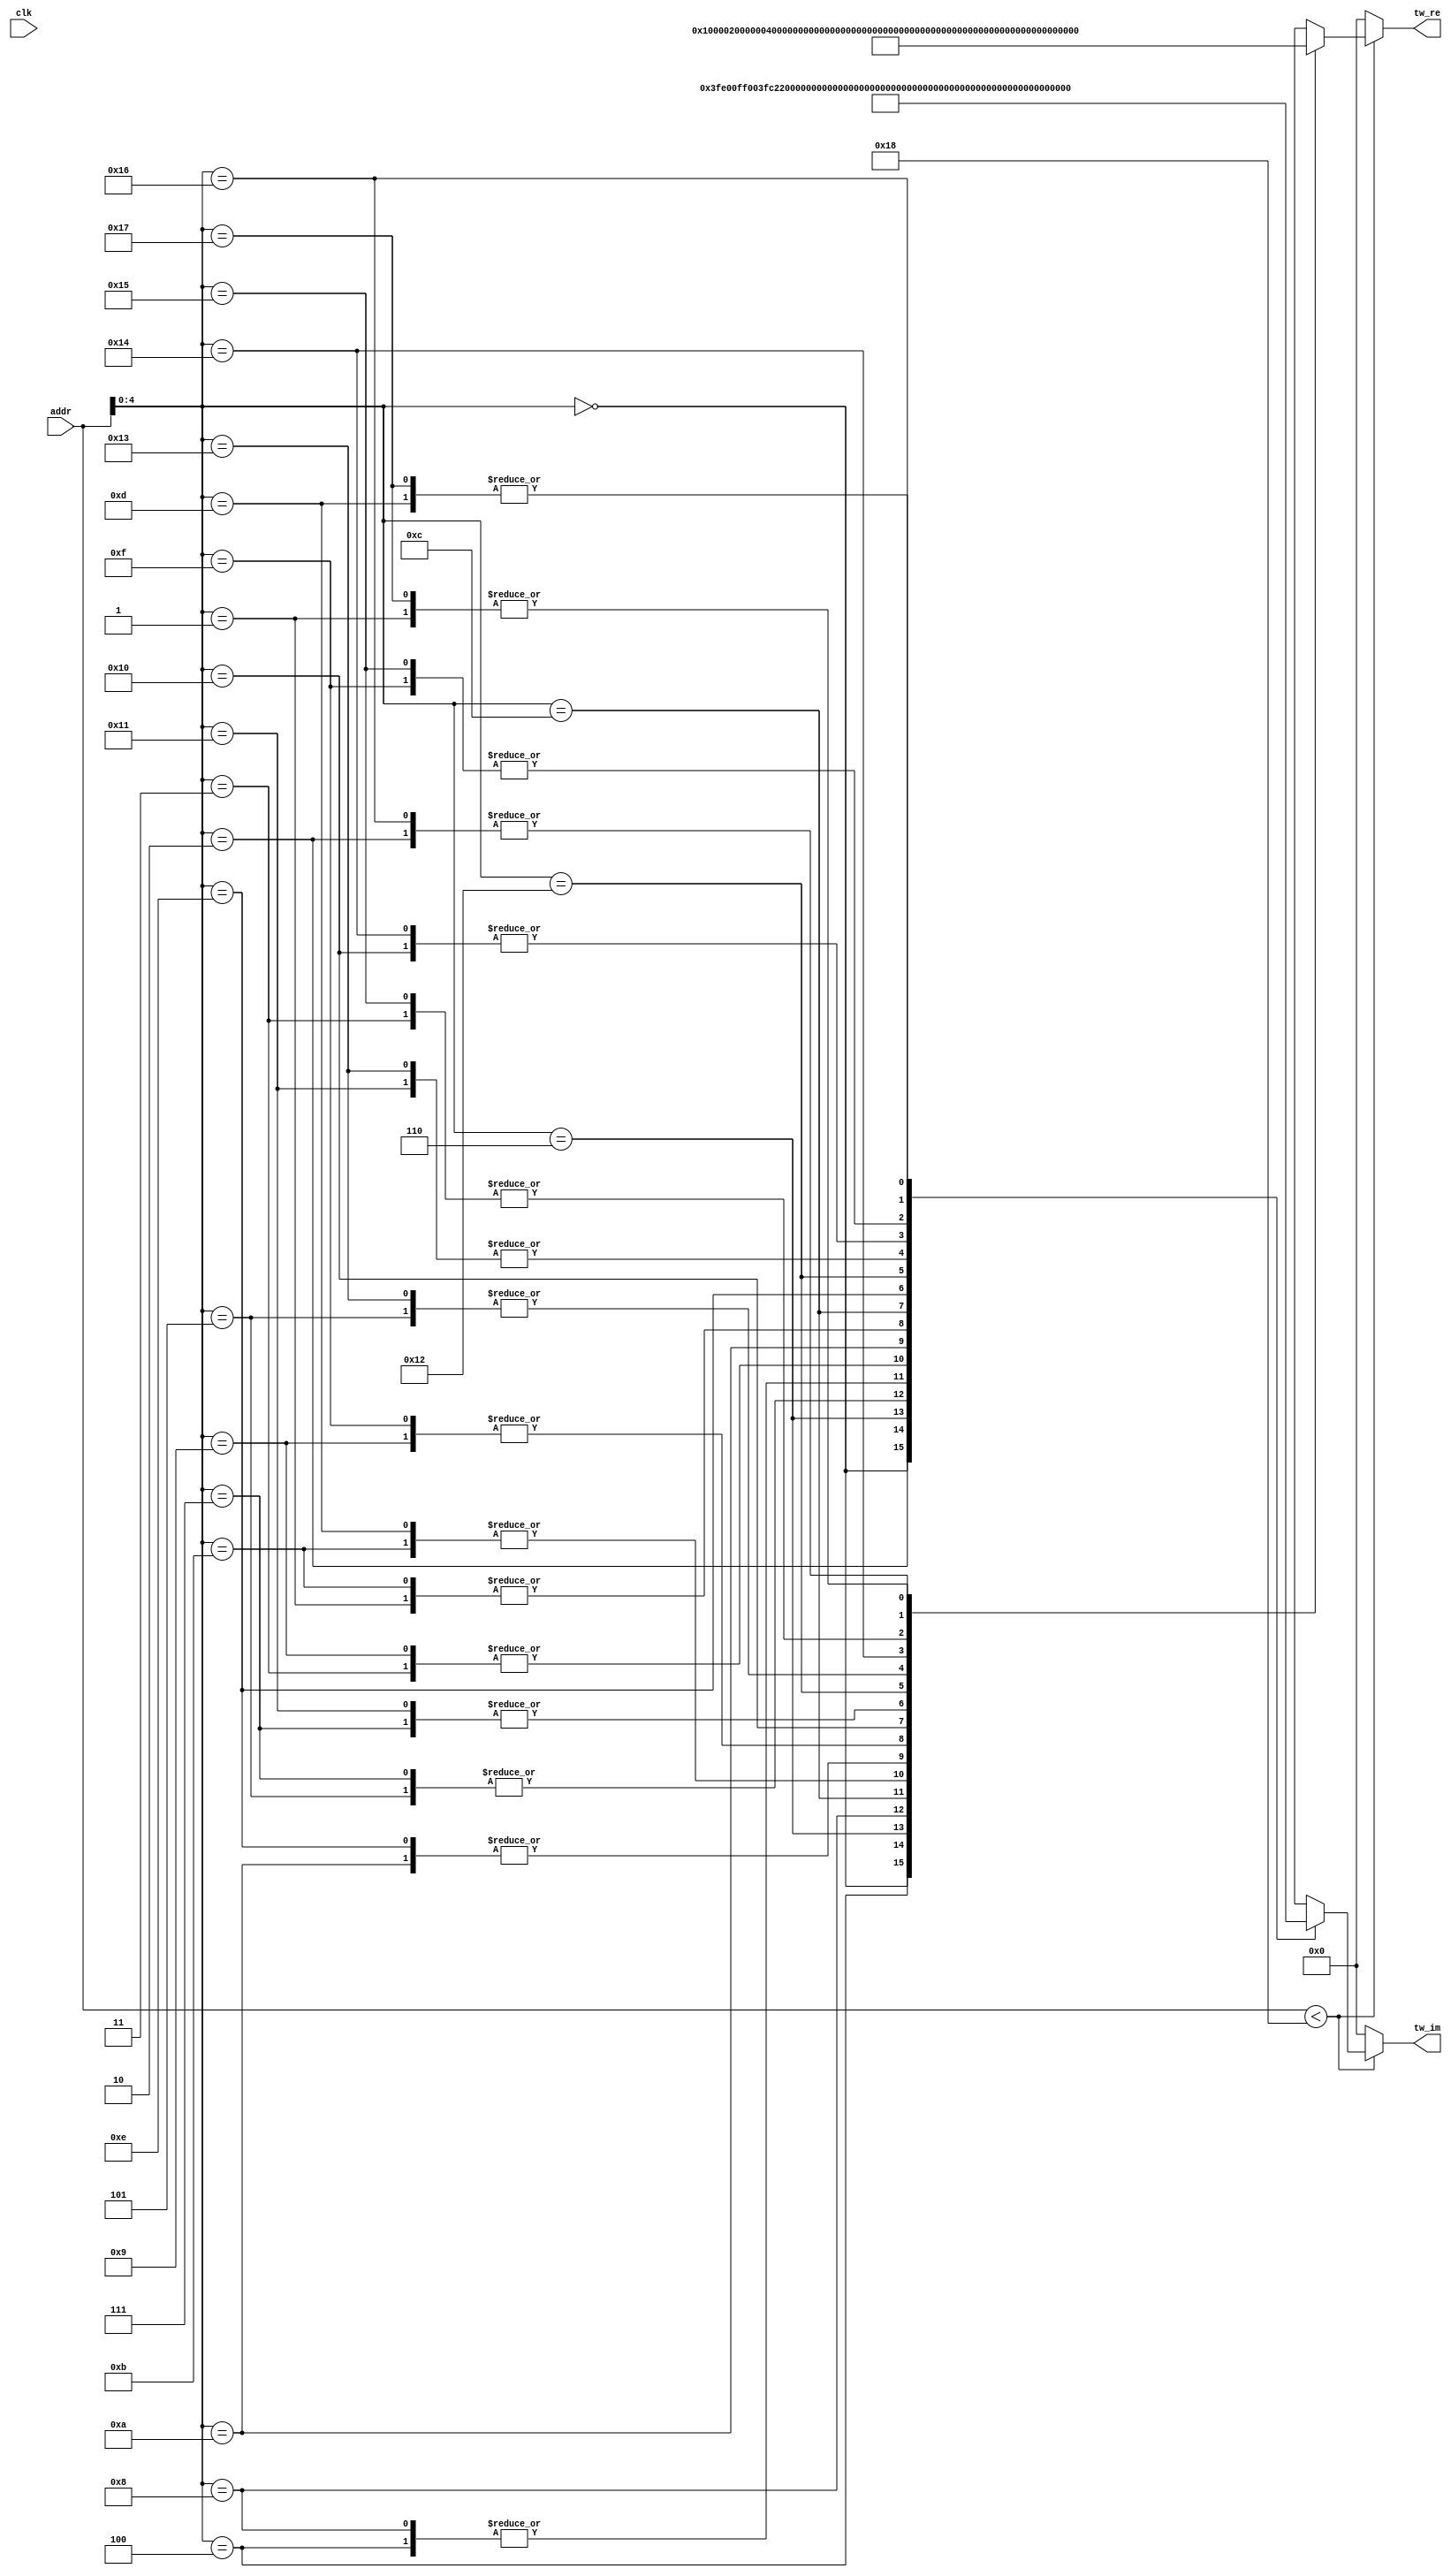
module Twiddle24 #(
    parameter   TW_FF = 0   //  Use Output Register
)(
    input           clk,  //  Master Clock
    input   [10:0]   addr,   //  Twiddle Factor Number
    output  [17:0]  tw_re,  //  Twiddle Factor (Real)
    output  [17:0]  tw_im   //  Twiddle Factor (Imag)
);

wire[17:0]  wn_re[0:23];   //  Twiddle Table (Real)
wire[17:0]  wn_im[0:23];   //  Twiddle Table (Imag)
wire[17:0]  mx_re;          //  Multiplexer output (Real)
wire[17:0]  mx_im;          //  Multiplexer output (Imag)
reg [17:0]  ff_re;          //  Register output (Real)
reg [17:0]  ff_im;          //  Register output (Imag)

assign  mx_re = addr<24 ? wn_re[addr] : 0;
assign  mx_im = addr<24 ? wn_im[addr] : 0;

always @(posedge clk) begin
    ff_re <= mx_re;
    ff_im <= mx_im;
end

assign  tw_re = TW_FF ? ff_re : mx_re;
assign  tw_im = TW_FF ? ff_im : mx_im;
assign wn_re[0] = 18'b000000010000000000; assign wn_im[0] = 18'b000000000000000000; 
assign wn_re[1] = 18'b000000001111011101; assign wn_im[1] = 18'b111111111011110110; 
assign wn_re[2] = 18'b000000001101110110; assign wn_im[2] = 18'b111111111000000000; 
assign wn_re[3] = 18'b000000001011010100; assign wn_im[3] = 18'b111111110100101011; 
assign wn_re[4] = 18'b000000001000000000; assign wn_im[4] = 18'b111111110010001001; 
assign wn_re[5] = 18'b000000000100001001; assign wn_im[5] = 18'b111111110000100010; 
assign wn_re[6] = 18'b000000000000000000; assign wn_im[6] = 18'b111111110000000000; 
assign wn_re[7] = 18'b111111111011110110; assign wn_im[7] = 18'b111111110000100010; 
assign wn_re[8] = 18'b111111111000000000; assign wn_im[8] = 18'b111111110010001001; 
assign wn_re[9] = 18'b111111110100101011; assign wn_im[9] = 18'b111111110100101011; 
assign wn_re[10] = 18'b111111110010001001; assign wn_im[10] = 18'b111111110111111111; 
assign wn_re[11] = 18'b111111110000100010; assign wn_im[11] = 18'b111111111011110110; 
assign wn_re[12] = 18'b111111110000000000; assign wn_im[12] = 18'b111111111111111111; 
assign wn_re[13] = 18'b111111110000100010; assign wn_im[13] = 18'b000000000100001001; 
assign wn_re[14] = 18'b111111110010001001; assign wn_im[14] = 18'b000000000111111111; 
assign wn_re[15] = 18'b111111110100101011; assign wn_im[15] = 18'b000000001011010100; 
assign wn_re[16] = 18'b111111110111111111; assign wn_im[16] = 18'b000000001101110110; 
assign wn_re[17] = 18'b111111111011110110; assign wn_im[17] = 18'b000000001111011101; 
assign wn_re[18] = 18'b111111111111111111; assign wn_im[18] = 18'b000000010000000000; 
assign wn_re[19] = 18'b000000000100001001; assign wn_im[19] = 18'b000000001111011101; 
assign wn_re[20] = 18'b000000000111111111; assign wn_im[20] = 18'b000000001101110110; 
assign wn_re[21] = 18'b000000001011010100; assign wn_im[21] = 18'b000000001011010100; 
assign wn_re[22] = 18'b000000001101110110; assign wn_im[22] = 18'b000000001000000000; 
assign wn_re[23] = 18'b000000001111011101; assign wn_im[23] = 18'b000000000100001001; 

endmodule